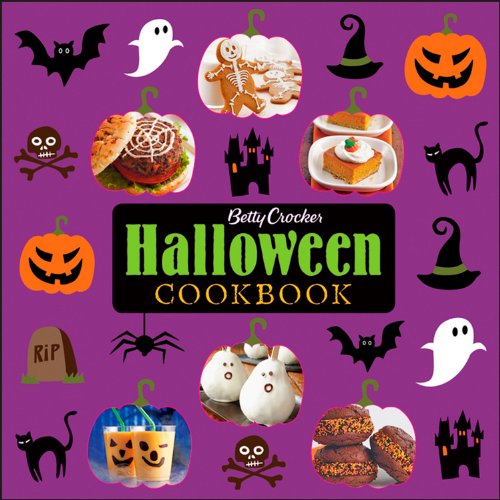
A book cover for Betty Crocker Halloween Cookbook (Betty Crocker Cooking); Betty Crocker; Cookbooks, Food & Wine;